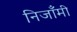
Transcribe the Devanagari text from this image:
निजाँमी